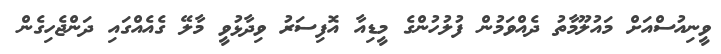
ވީނިއުސްއަށް މައުލޫމާތު ދެއްވަމުން ފުލުހުންގެ މީޑިއާ އޮފިސަރު ވިދާޅުވީ މާލޭ ގެއެއްގައި ދަންޖެހިގެން